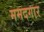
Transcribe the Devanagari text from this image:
ममदगार